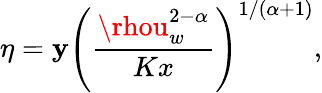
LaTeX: \eta=\mathbf{y}\left(\frac{{\rhou_{w}^{2-\alpha}}}{{Kx}}\right)^{1/(\alpha+1)},